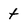
Character: t